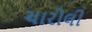
ચારોલી